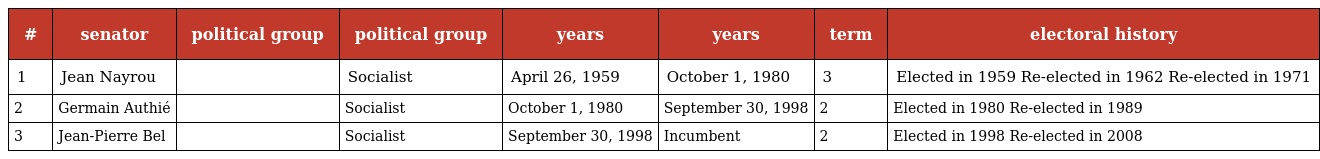
| # | senator | political group | political group | years | years | term | electoral history |
 | --- | --- | --- | --- | --- | --- | --- | --- |
 | 1 | Jean Nayrou |  | Socialist | April 26, 1959 | October 1, 1980 | 3 | Elected in 1959 Re-elected in 1962 Re-elected in 1971 |
 | 2 | Germain Authié |  | Socialist | October 1, 1980 | September 30, 1998 | 2 | Elected in 1980 Re-elected in 1989 |
 | 3 | Jean-Pierre Bel |  | Socialist | September 30, 1998 | Incumbent | 2 | Elected in 1998 Re-elected in 2008 |